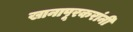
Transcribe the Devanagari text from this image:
खानापूरकरांनी